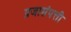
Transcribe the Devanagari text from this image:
प्रजासंपत्ती